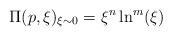
LaTeX: \begin{align*}\Pi(p, \xi)_{\xi \sim 0}=\xi^n \ln^m(\xi)\end{align*}